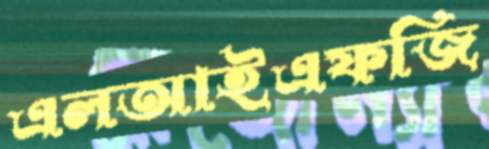
এলআইএফজি